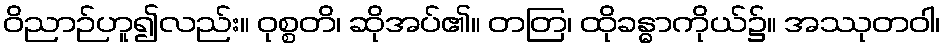
ဝိညာဉ်ဟူ၍လည်း။ ဝုစ္စတိ၊ ဆိုအပ်၏။ တတြ၊ ထိုခန္ဓာကိုယ်၌။ အဿုတဝါ၊